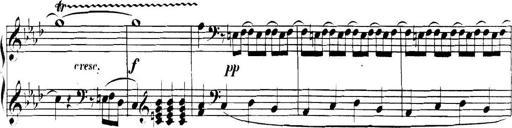
Title: Collected Piano Sonatas
Composer: Muzio Clementi